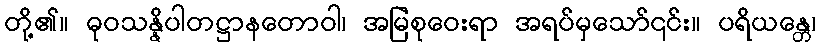
တို့၏။ ဓုဝသန္နိပါတဋ္ဌာနတောဝါ၊ အမြဲစုဝေးရာ အရပ်မှသော်၎င်း။ ပရိယန္တေ၊